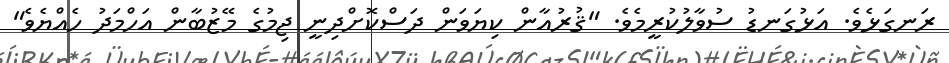
ރަނގަޅެވެ. އަޅުގަނޑު ސުވާލުކުރީމެވެ. "ޤުރުއާން ކިޔަވަން ދަސްކޮށްދިނީ ޖިމުގެ މޭޒުބާން އަހްމަދު ހެއްޔެވެ"